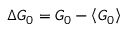
\Delta \boldsymbol { G } _ { 0 } = \boldsymbol { G } _ { 0 } - \left\langle \boldsymbol { G } _ { 0 } \right\rangle